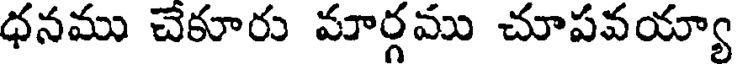
ధనము చెకూరు మార్గము చూపవయ్యా